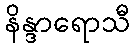
နိန္ဒာရောသီ